Scottish Leaving Certificate Examination, 1959
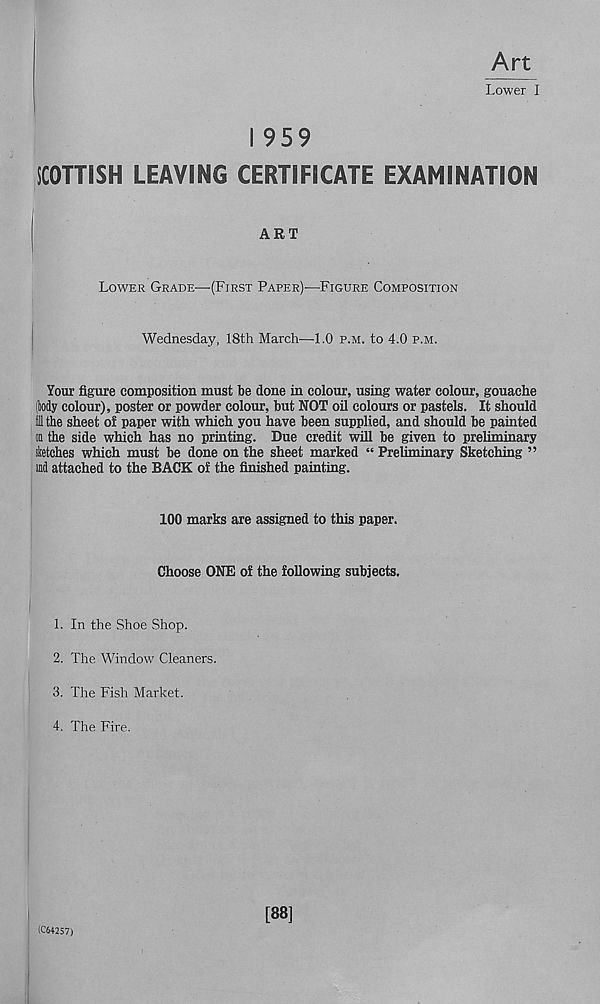
Art
Lower I
I 959
SCOTTISH LEAVING CERTIFICATE EXAMINATION
ART
Lower Grade—(First Paper)-—Figure Composition
Wednesday, 18th March—1.0 p.m. to 4.0 p.m.
Your figure composition must be done in colour, using water colour, gouache
(tody colour), poster or powder colour, but NOT oil colours or pastels. It should
fill the sheet of paper with which you have been supplied, and should be painted
on the side which has no printing. Due credit will be given to preliminary
sketches which must be done on the sheet marked “ Preliminary Sketching ”
ind attached to the BACK of the finished painting.
100 marks are assigned to this paper.
Choose ONE of the following subjects.
1. In the Shoe Shop.
2. The Window Cleaners.
3. The Fish Market.
4. The Fire.
(C64257)
[88]